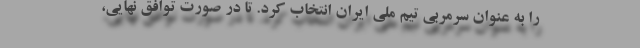
را به عنوان سرمربی تیم ملی ایران انتخاب کرد. تا در صورت توافق نهایی،